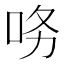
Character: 𱒝